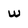
Character: w